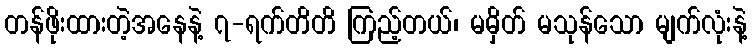
တန်ဖိုးထားတဲ့အနေနဲ့ ၇-ရက်တိတိ ကြည့်တယ်၊ မမှိတ် မသုန်သော မျက်လုံးနဲ့